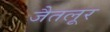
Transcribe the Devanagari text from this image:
जैतलूर